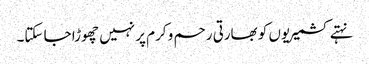
نہتے کشمیریوں کو بھارتی رحم و کرم پر نہیں چھوڑا جا سکتا۔